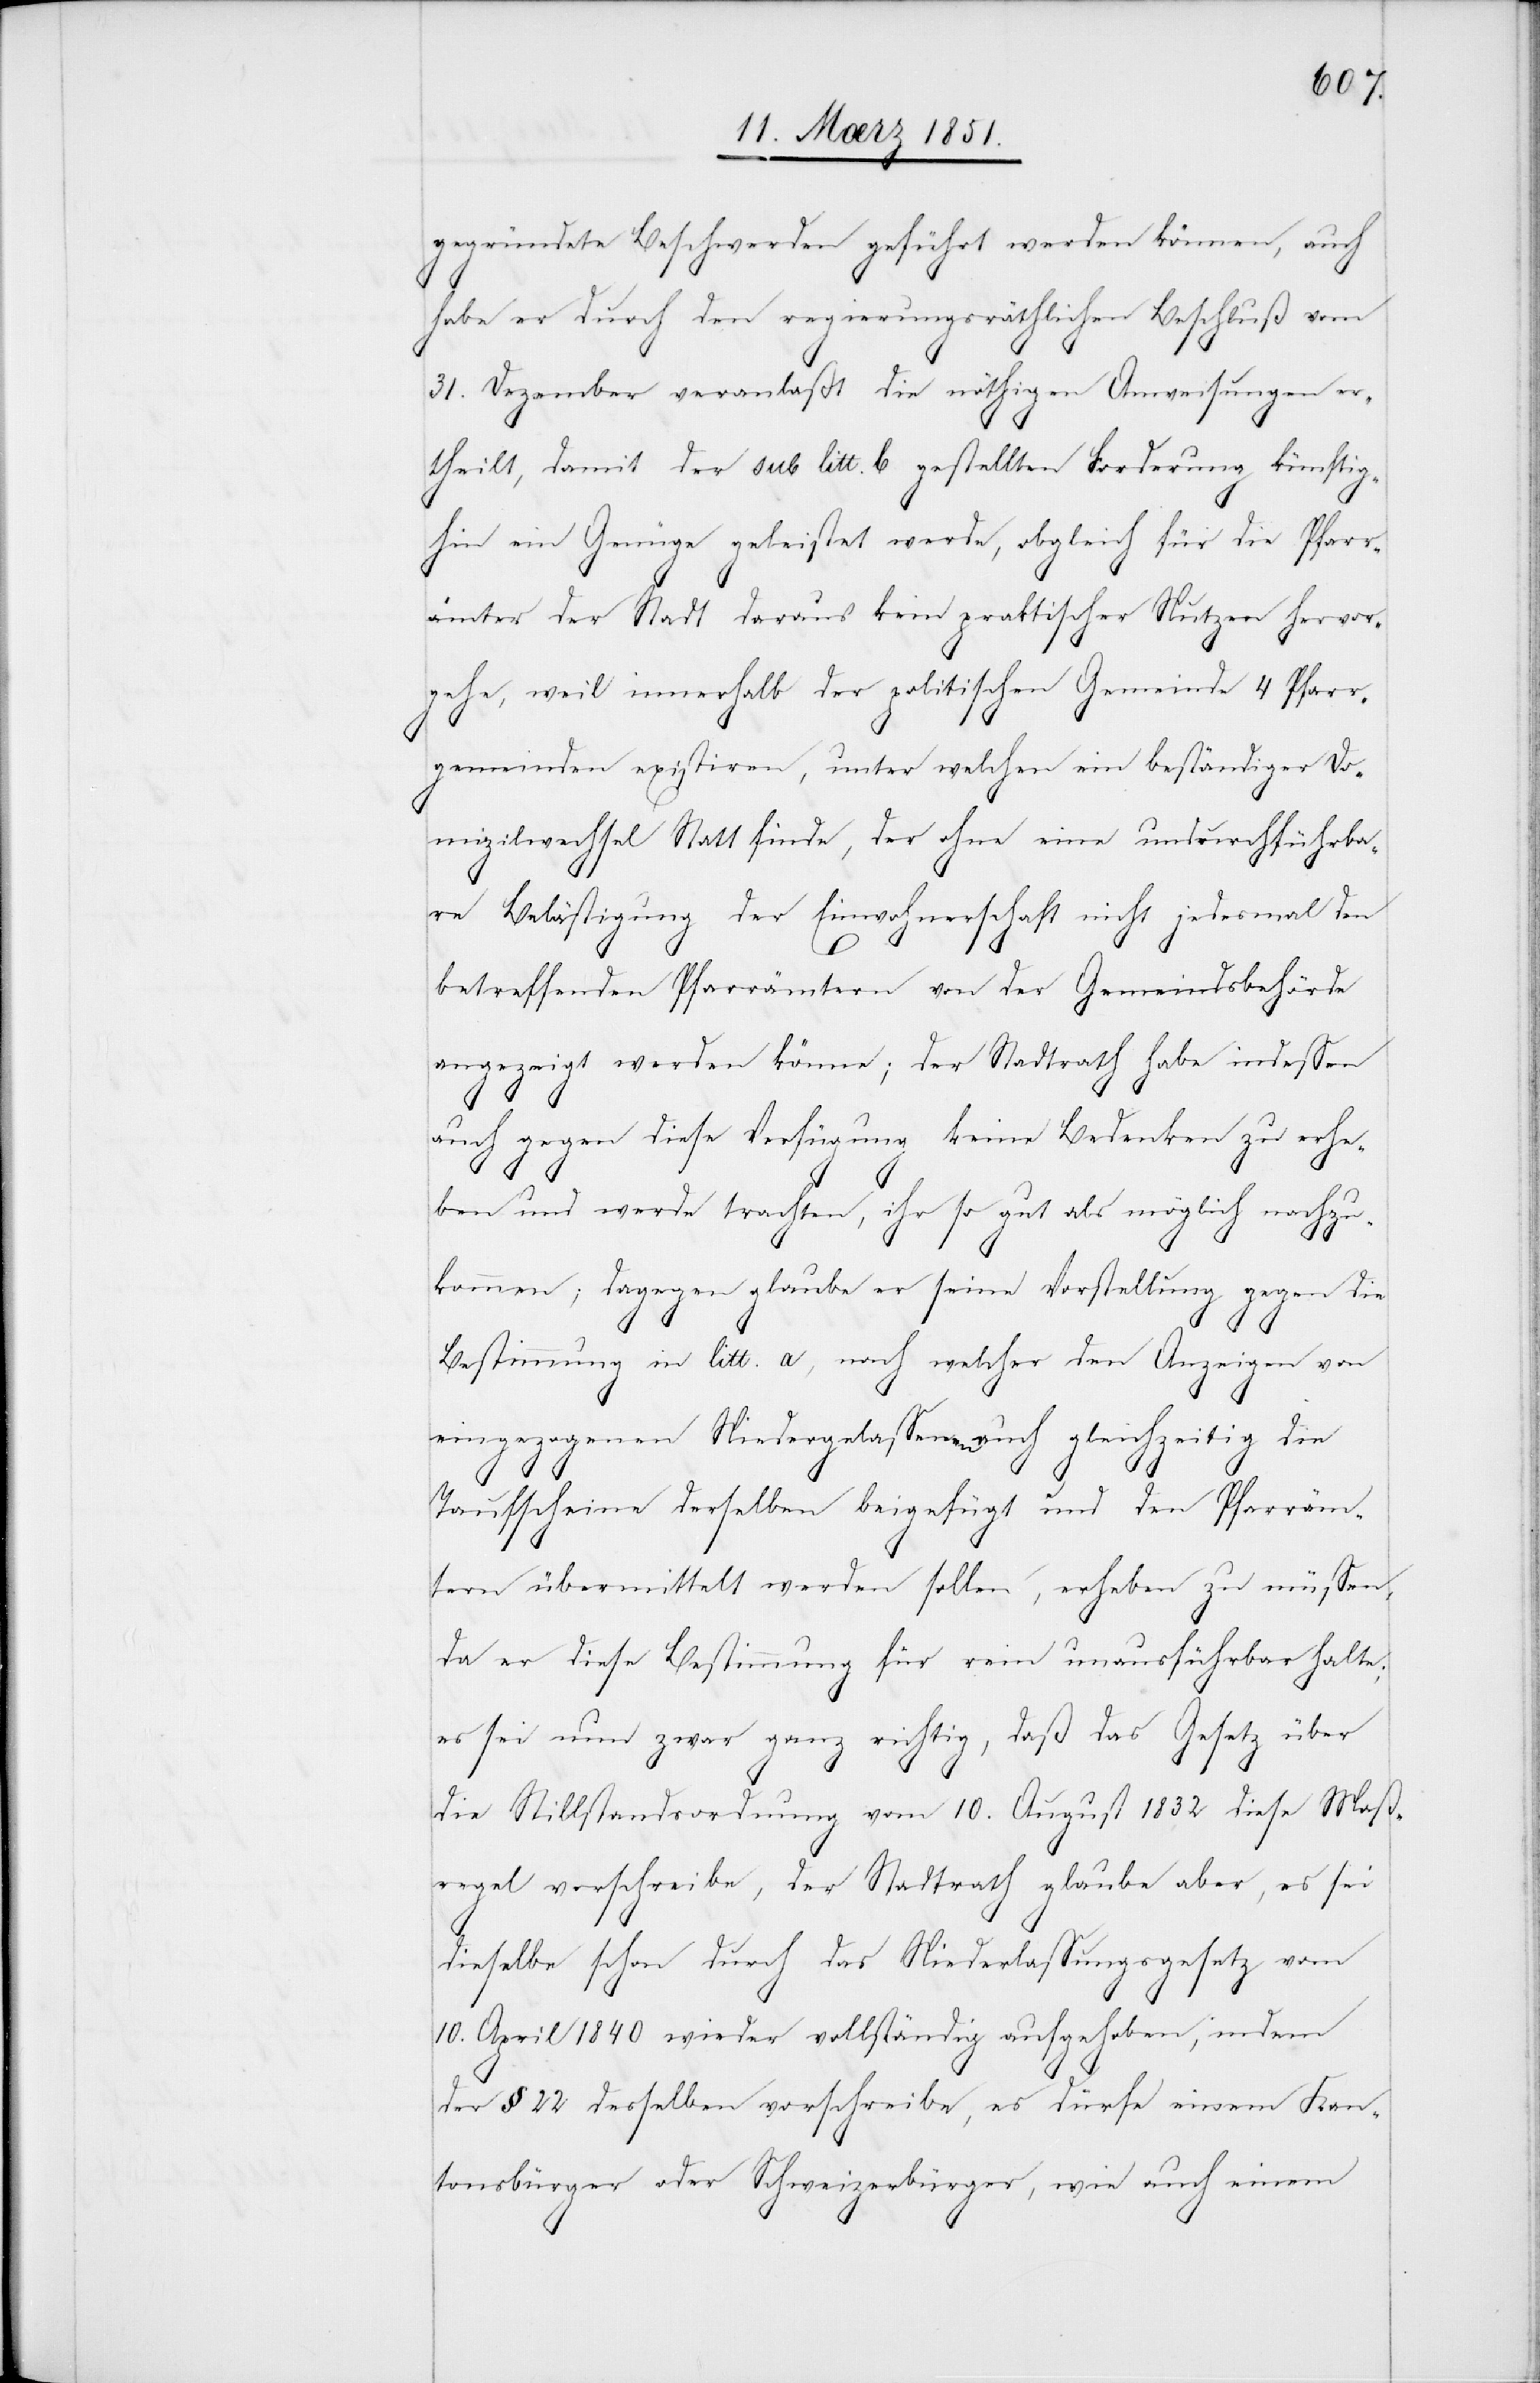
gegründete Beschwerden geführt werden können, auch
habe er durch den regierungsräthlichen Beschluß vom
31. Dezember veranlaßt die nöthigen Anweisungen er¬
theilt, damit der sub litt. b gestellten Forderung künftig¬
hin ein Genüge geleistet werde, obgleich für die Pfarr¬
ämter der Stadt daraus kein praktischer Nutzen hervor¬
gehe, weil innerhalb der politischen Gemeinde 4 Pfarr¬
gemeinden existiren, unter welchen ein beständiger Do¬
mizilwechsel Statt finde, der ohne eine undurchführba¬
re Belästigung der Einwohnerschaft nicht jedesmal den
betreffenden Pfarrämtern von der Gemeindsbehörde
angezeigt werden könne; der Stadtrath habe indessen
auch gegen diese Verfügung keine Bedenken zu erhe¬
ben und werde trachten, ihr so gut als möglich nachzu¬
kommen; dagegen glaube er seine Vorstellung gegen die
Bestimmung in litt. a, nach welcher den Anzeigen von
eingezogenen Niedergelassenen auch gleichzeitig die
Taufscheine derselben beigefügt und den Pfarräm¬
tern übermittelt werden sollen, erheben zu müssen,
da er diese Bestimmung für rein unausführbar halte;
es sei nun zwar ganz richtig, daß das Gesetz über
die Stillstandsordnung vom 10. August 1832 diese Maß¬
regel vorschreibe, der Stadtrath glaube aber, es sei
dieselbe schon durch das Niederlassungsgesetz vom
10. April 1840 wieder vollständig aufgehoben, indem
der § 22 desselben vorschreibe, es dürfe einem Kan¬
tonsbürger oder Schweizerbürger, wie auch einem